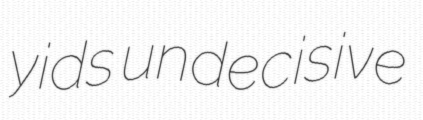
yids undecisive